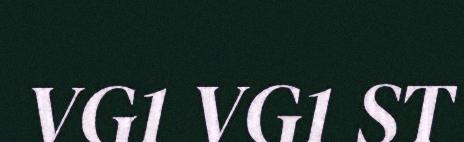
VG1 VG1 ST